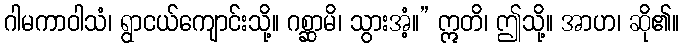
ဂါမကာဝါသံ၊ ရွာငယ်ကျောင်းသို့။ ဂစ္ဆာမိ၊ သွားအံ့။” ဣတိ၊ ဤသို့။ အာဟ၊ ဆို၏။